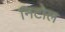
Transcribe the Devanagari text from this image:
निटोल